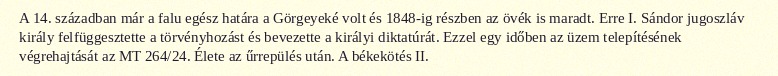
A 14. században már a falu egész határa a Görgeyeké volt és 1848-ig részben az övék is maradt. Erre I. Sándor jugoszláv király felfüggesztette a törvényhozást és bevezette a királyi diktatúrát. Ezzel egy időben az üzem telepítésének végrehajtását az MT 264/24. Élete az űrrepülés után. A békekötés II.